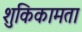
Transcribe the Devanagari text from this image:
शुकिकामता